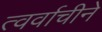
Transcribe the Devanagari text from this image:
त्वर्वाचीने